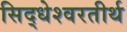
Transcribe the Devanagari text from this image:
सिद्धेश्वरतीर्थ